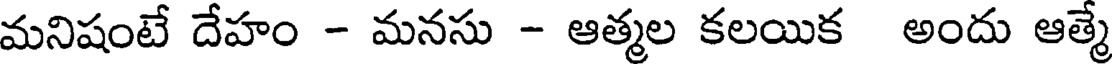
మనిషంటే దేహం - మనసు - ఆత్మల కలయిక అందు ఆత్మే